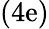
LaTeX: (4\mathrm{e})